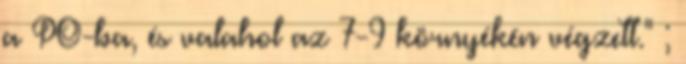
a PO-ba, és valahol az 7-9 környékén végzett." ;